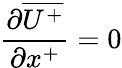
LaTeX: \frac{\partial\overline{{U^{+}}}}{\partial x^{+}}=0